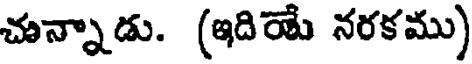
చున్నాడు. (ఇదియే నరకము)